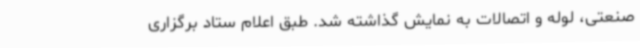
صنعتی، لوله و اتصالات به نمایش گذاشته شد. طبق اعلام ستاد برگزاری